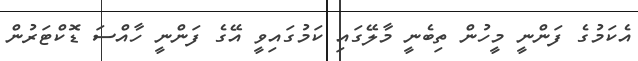
އެކަމުގެ ފަންނީ މީހުން ތިބެނީ މާލޭގައި ކަމުގައިވީ އޭގެ ފަންނީ ހާއްސަ ޑޮކްޓަރުން